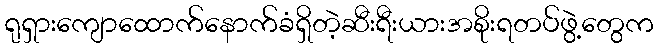
ရုရှားကျောထောက်နောက်ခံရှိတဲ့ဆီးရီးယားအစိုးရတပ်ဖွဲ့တွေက